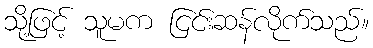
သို့ဖြင့် သူမက ငြင်းဆန်လိုက်သည်။